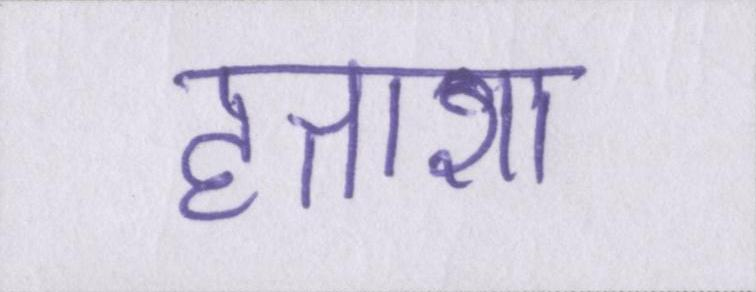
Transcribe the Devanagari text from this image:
हताशा